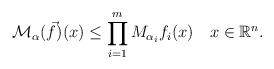
LaTeX: \begin{align*} \mathcal{M}_{\alpha}(\vec{f})(x) &\le \prod_{i=1}^{m} M_{\alpha_{i}} f_{i}(x) \ \ \ x\in \mathbb{R}^{n}.\end{align*}